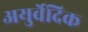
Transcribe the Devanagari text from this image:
अयुर्वेदिक